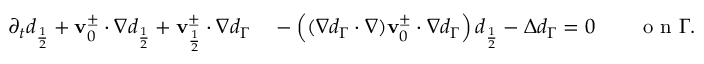
\begin{array} { r l } { \partial _ { t } d _ { \frac { 1 } { 2 } } + \mathbf { v } _ { 0 } ^ { \pm } \cdot \nabla d _ { \frac { 1 } { 2 } } + \mathbf { v } _ { \frac { 1 } { 2 } } ^ { \pm } \cdot \nabla d _ { \Gamma } } & { { } - \left( ( \nabla d _ { \Gamma } \cdot \nabla ) \mathbf { v } _ { 0 } ^ { \pm } \cdot \nabla d _ { \Gamma } \right) d _ { \frac { 1 } { 2 } } - \Delta d _ { \Gamma } = 0 \qquad \mathrm { ~ o ~ n ~ } \Gamma . } \end{array}